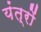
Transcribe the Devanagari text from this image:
यंंत्रों